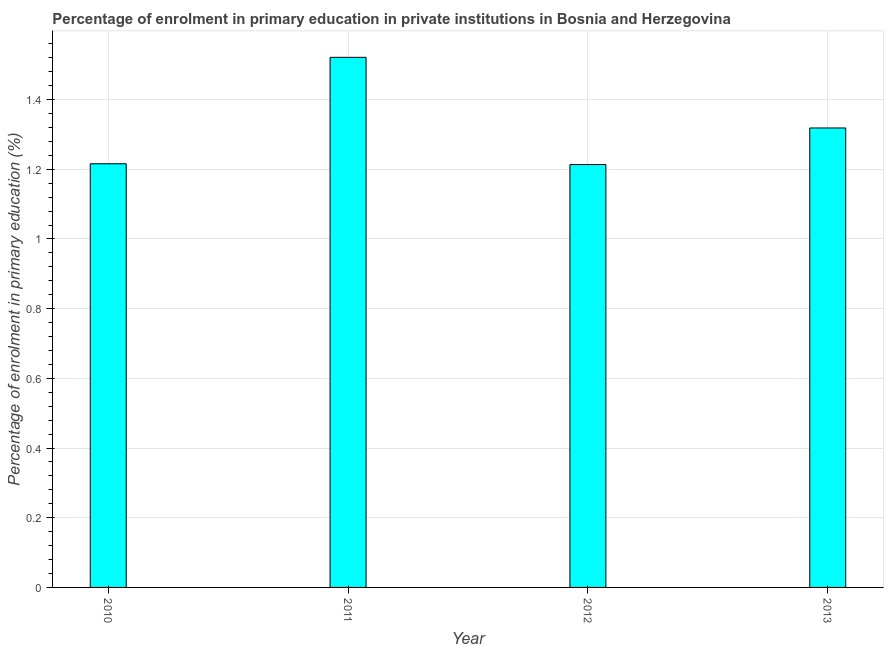
| Year | Enrolment  |
 | --- | --- |
 | 2010 | 1.22 |
 | 2011 | 1.52 |
 | 2012 | 1.21 |
 | 2013 | 1.32 |